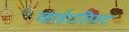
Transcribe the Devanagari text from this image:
व्हाईटलिस्ट